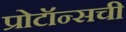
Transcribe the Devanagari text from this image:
प्रोटॉन्सची